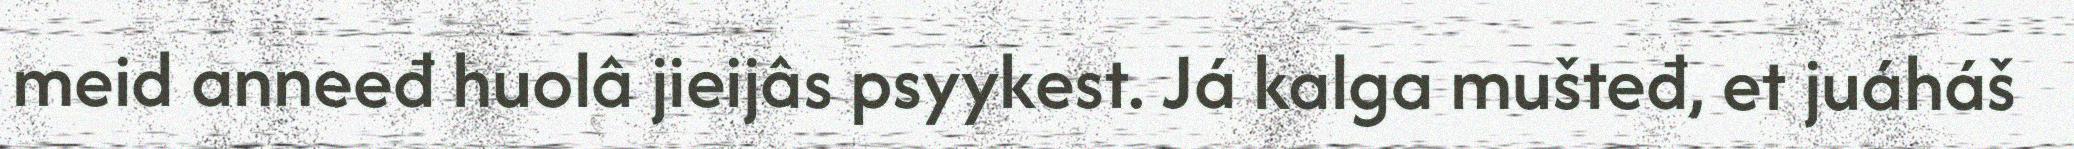
meid anneeđ huolâ jieijâs psyykest. Já kalga mušteđ, et juáháš